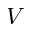
V